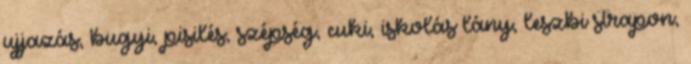
ujjazás, bugyi, pisilés, szépség, cuki, iskolás lány, leszbi strapon,